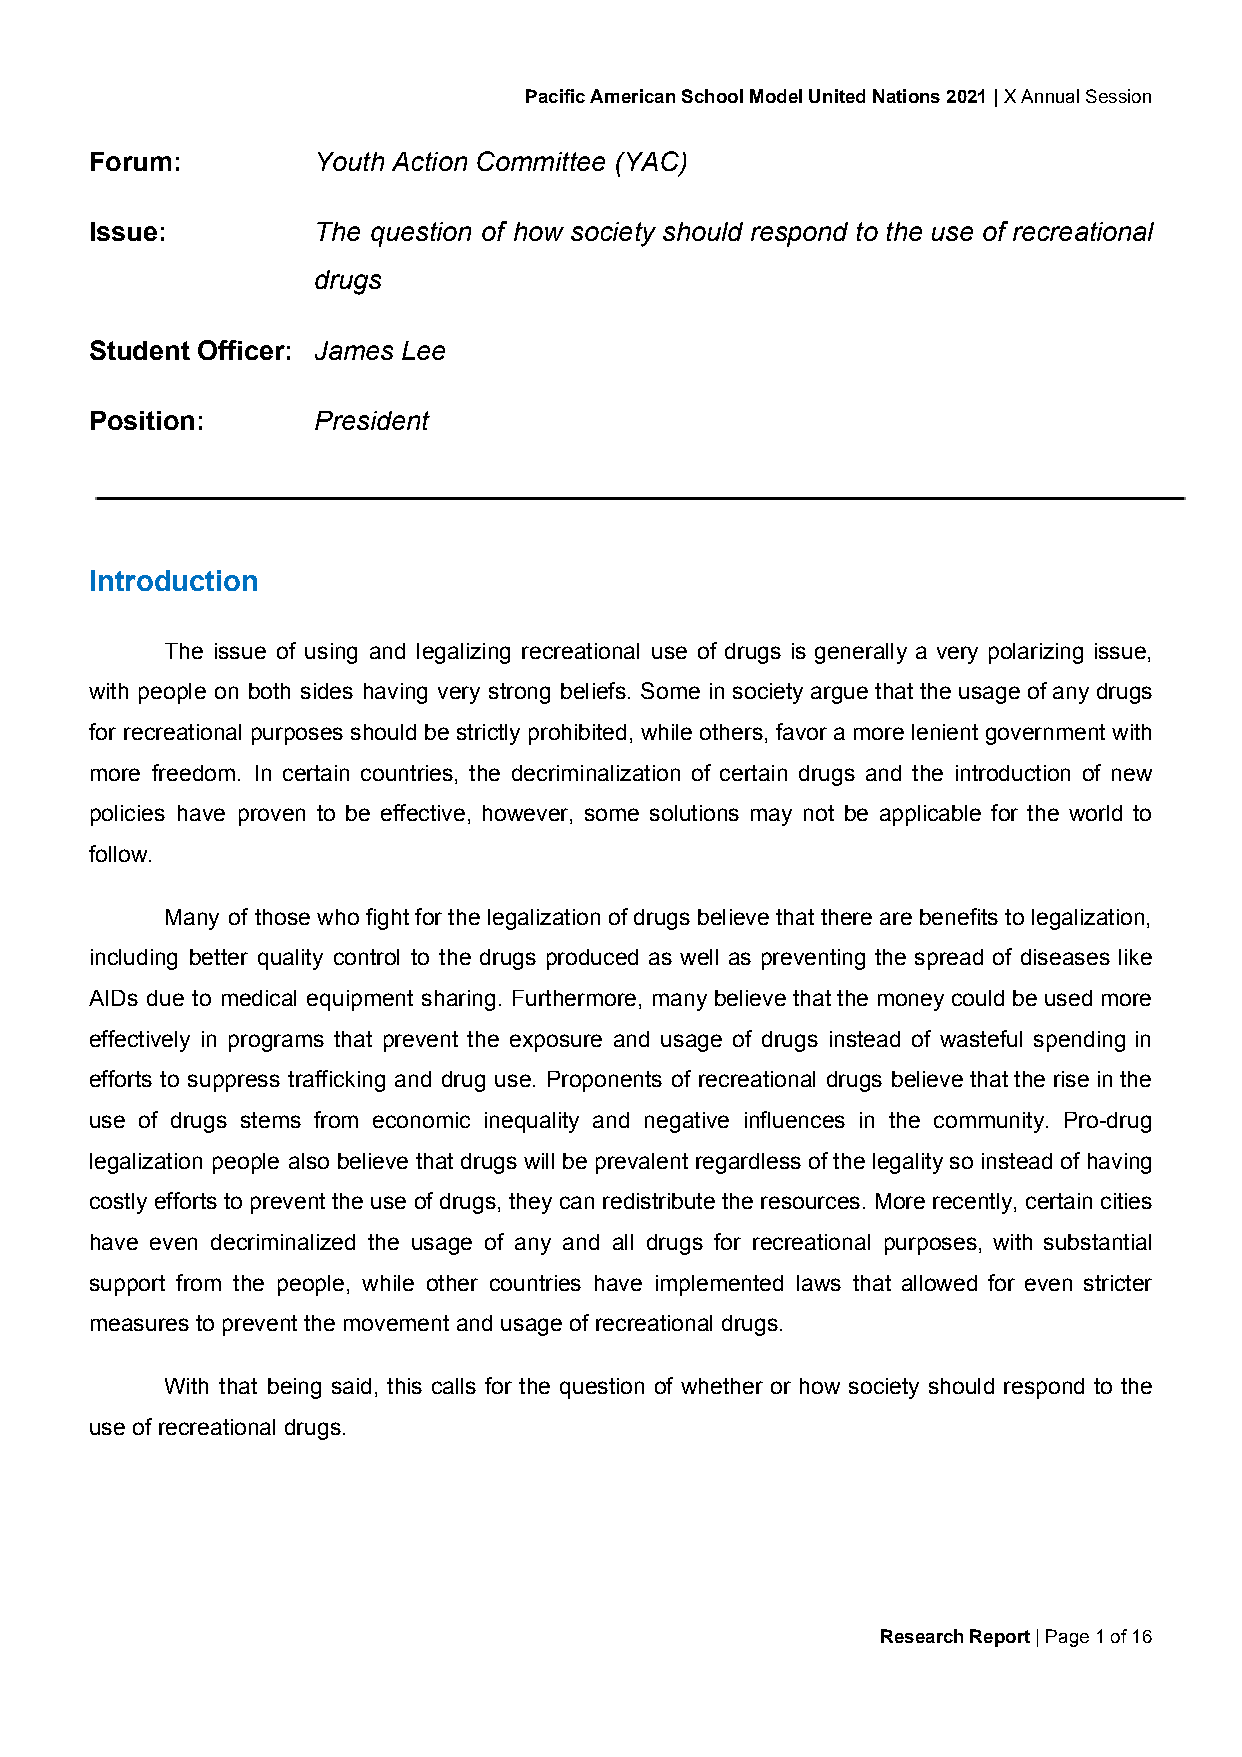
Pacific American School Model United Nations 2021 | X Annual Session
 ​
 Forum:         Youth Action Committee (YAC)
 Issue:         The question of how society should respond to the use of recreational
 drugs
 Student Officer: James Lee
 Position:      President
 Introduction
 The issue of using and legalizing recreational use of drugs is generally a very polarizing issue,
 with people on both sides having very strong beliefs. Some in society argue that the usage of any drugs
 for recreational purposes should be strictly prohibited, while others, favor a more lenient government with
 more freedom. In certain countries, the decriminalization of certain drugs and the introduction of new
 policies have proven to be effective, however, some solutions may not be applicable for the world to
 follow.
 Many of those who fight for the legalization of drugs believe that there are benefits to legalization,
 including better quality control to the drugs produced as well as preventing the spread of diseases like
 AIDs due to medical equipment sharing. Furthermore, many believe that the money could be used more
 effectively in programs that prevent the exposure and usage of drugs instead of wasteful spending in
 efforts to suppress trafficking and drug use. Proponents of recreational drugs believe that the rise in the
 use of drugs stems from economic inequality and negative influences in the community. Pro-drug
 legalization people also believe that drugs will be prevalent regardless of the legality so instead of having
 costly efforts to prevent the use of drugs, they can redistribute the resources. More recently, certain cities
 have even decriminalized the usage of any and all drugs for recreational purposes, with substantial
 support from the people, while other countries have implemented laws that allowed for even stricter
 measures to prevent the movement and usage of recreational drugs.
 With that being said, this calls for the question of whether or how society should respond to the
 use of recreational drugs.
 Research Report | Page 1 of 16
 ​